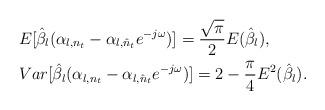
LaTeX: \begin{align*}&E[\hat\beta_l (\alpha_{l,{{n}_t}}- \alpha_{l,{\hat{n}_t}} e^{-j\omega})] = \frac{\sqrt{\pi}}{2}E(\hat\beta_l),\\&Var[\hat\beta_l (\alpha_{l,{{n}_t}}- \alpha_{l,{\hat{n}_t}} e^{-j\omega})] =2-\frac{\pi}{4}E^2(\hat\beta_l).\end{align*}